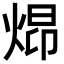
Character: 𪸺